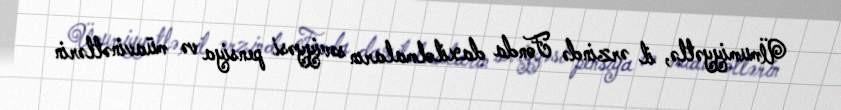
Ümumiyyətlə, il ərzində Fonda daxilolmaların səviyyəsi pensiya və müavinətlərin